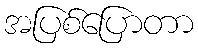
အပြစ်ပြောတာ